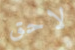
لاحق